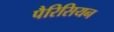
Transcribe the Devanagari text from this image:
पैरिसियन